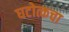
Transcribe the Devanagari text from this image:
घटोत्कचा